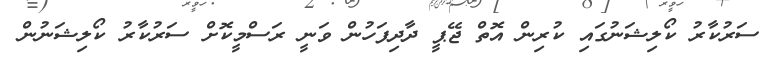
ސަރުކާރު ކޯލިޝަނުގައި ކުރިން އޮތް ޖޭޕީ ދާދިފަހުން ވަނީ ރަސްމީކޮށް ސަރުކާރު ކޯލިޝަނުން